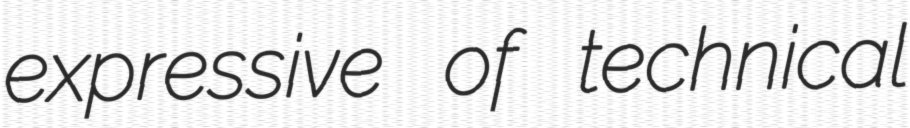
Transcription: expressive of technical